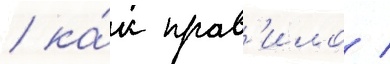
/ ка́к прав'ило /